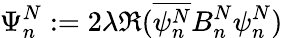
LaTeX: \Psi_{n}^{N}:=2\lambda\Re(\overline{{\psi_{n}^{N}}}B_{n}^{N}\psi_{n}^{N})